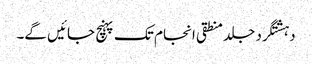
دہشتگرد جلد منطقی انجام تک پہنچ جائیں گے۔